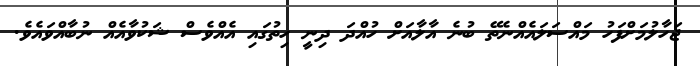
ޖަހާލުމަށްފަހު މައްސަލައެއްނެތޭ ބުނެ އާލާއަށް ހުއްދަ ދިނީ ހިތުގައި އެއްވެސް ޝަކުވާއެއް ނުބާއްވައެވެ.